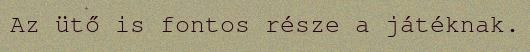
Az ütő is fontos része a játéknak.